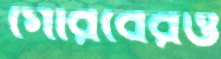
গৌরবেরও